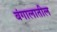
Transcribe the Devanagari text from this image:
बंगालातील